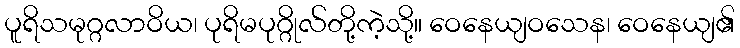
ပူရိသမုဂ္ဂလာဝိယ၊ ပုရိမပုဂ္ဂိုလ်တို့ကဲ့သို့။ ဝေနေယျဝသေန၊ ဝေနေယျ၏